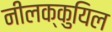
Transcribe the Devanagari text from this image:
नीलक्कुयिल